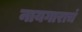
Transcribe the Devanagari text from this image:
नायगाराचं